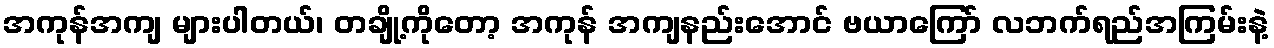
အကုန်အကျ များပါတယ်၊ တချို့ကိုတော့ အကုန် အကျနည်းအောင် ဗယာကြော် လဘက်ရည်အကြမ်းနဲ့